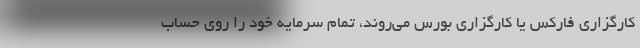
کارگزاری فارکس یا کارگزاری بورس می‌روند، تمام سرمایه خود را روی حساب